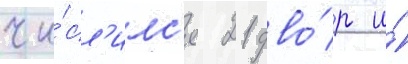
чи́сл'илс'я 21 дво́р и́